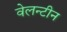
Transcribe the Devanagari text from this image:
वेलन्टीन